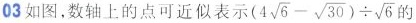
03如图，数轴上的点可近似表示$$( 4 \sqrt { 6 } - \sqrt { 3 0 } ) \div \sqrt { 6 }$$的